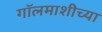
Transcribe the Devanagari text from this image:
गॉलमाशीच्या